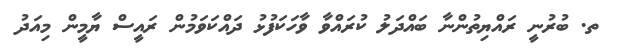
ތ. ބުރުނީ ރައްޔިތުންނާ ބައްދަލު ކުރައްވާ ވާހަކަފުޅު ދައްކަވަމުން ރައީސް ޔާމީން މިއަދު